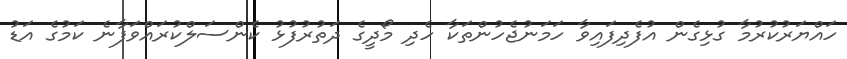
ހައްޔަރުކުރުމާ ގުޅިގެން އުފެދިފައިވާ ހަމަނުޖެހުންތަކާ ހެދި މޯދީގެ ދަތުރުފުޅު ކެންސަލްކުރައްވަފާނެ ކަމުގެ އަޑު